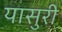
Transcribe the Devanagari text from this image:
यासुरी